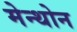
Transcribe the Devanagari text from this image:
मेन्थोन